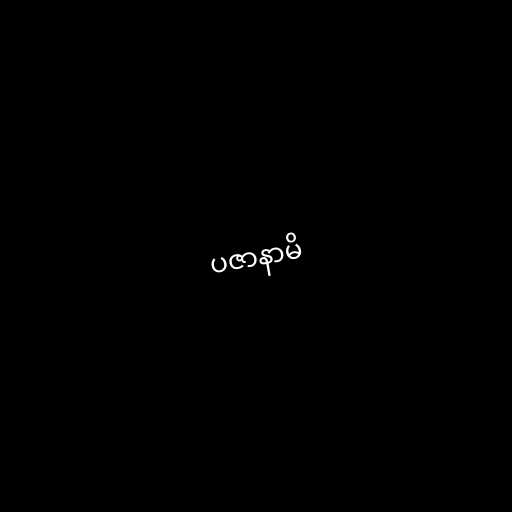
ပဇာနာမိ